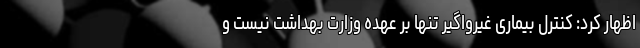
اظهار کرد: کنترل بیماری غیرواگیر تنها بر عهده وزارت بهداشت نیست و